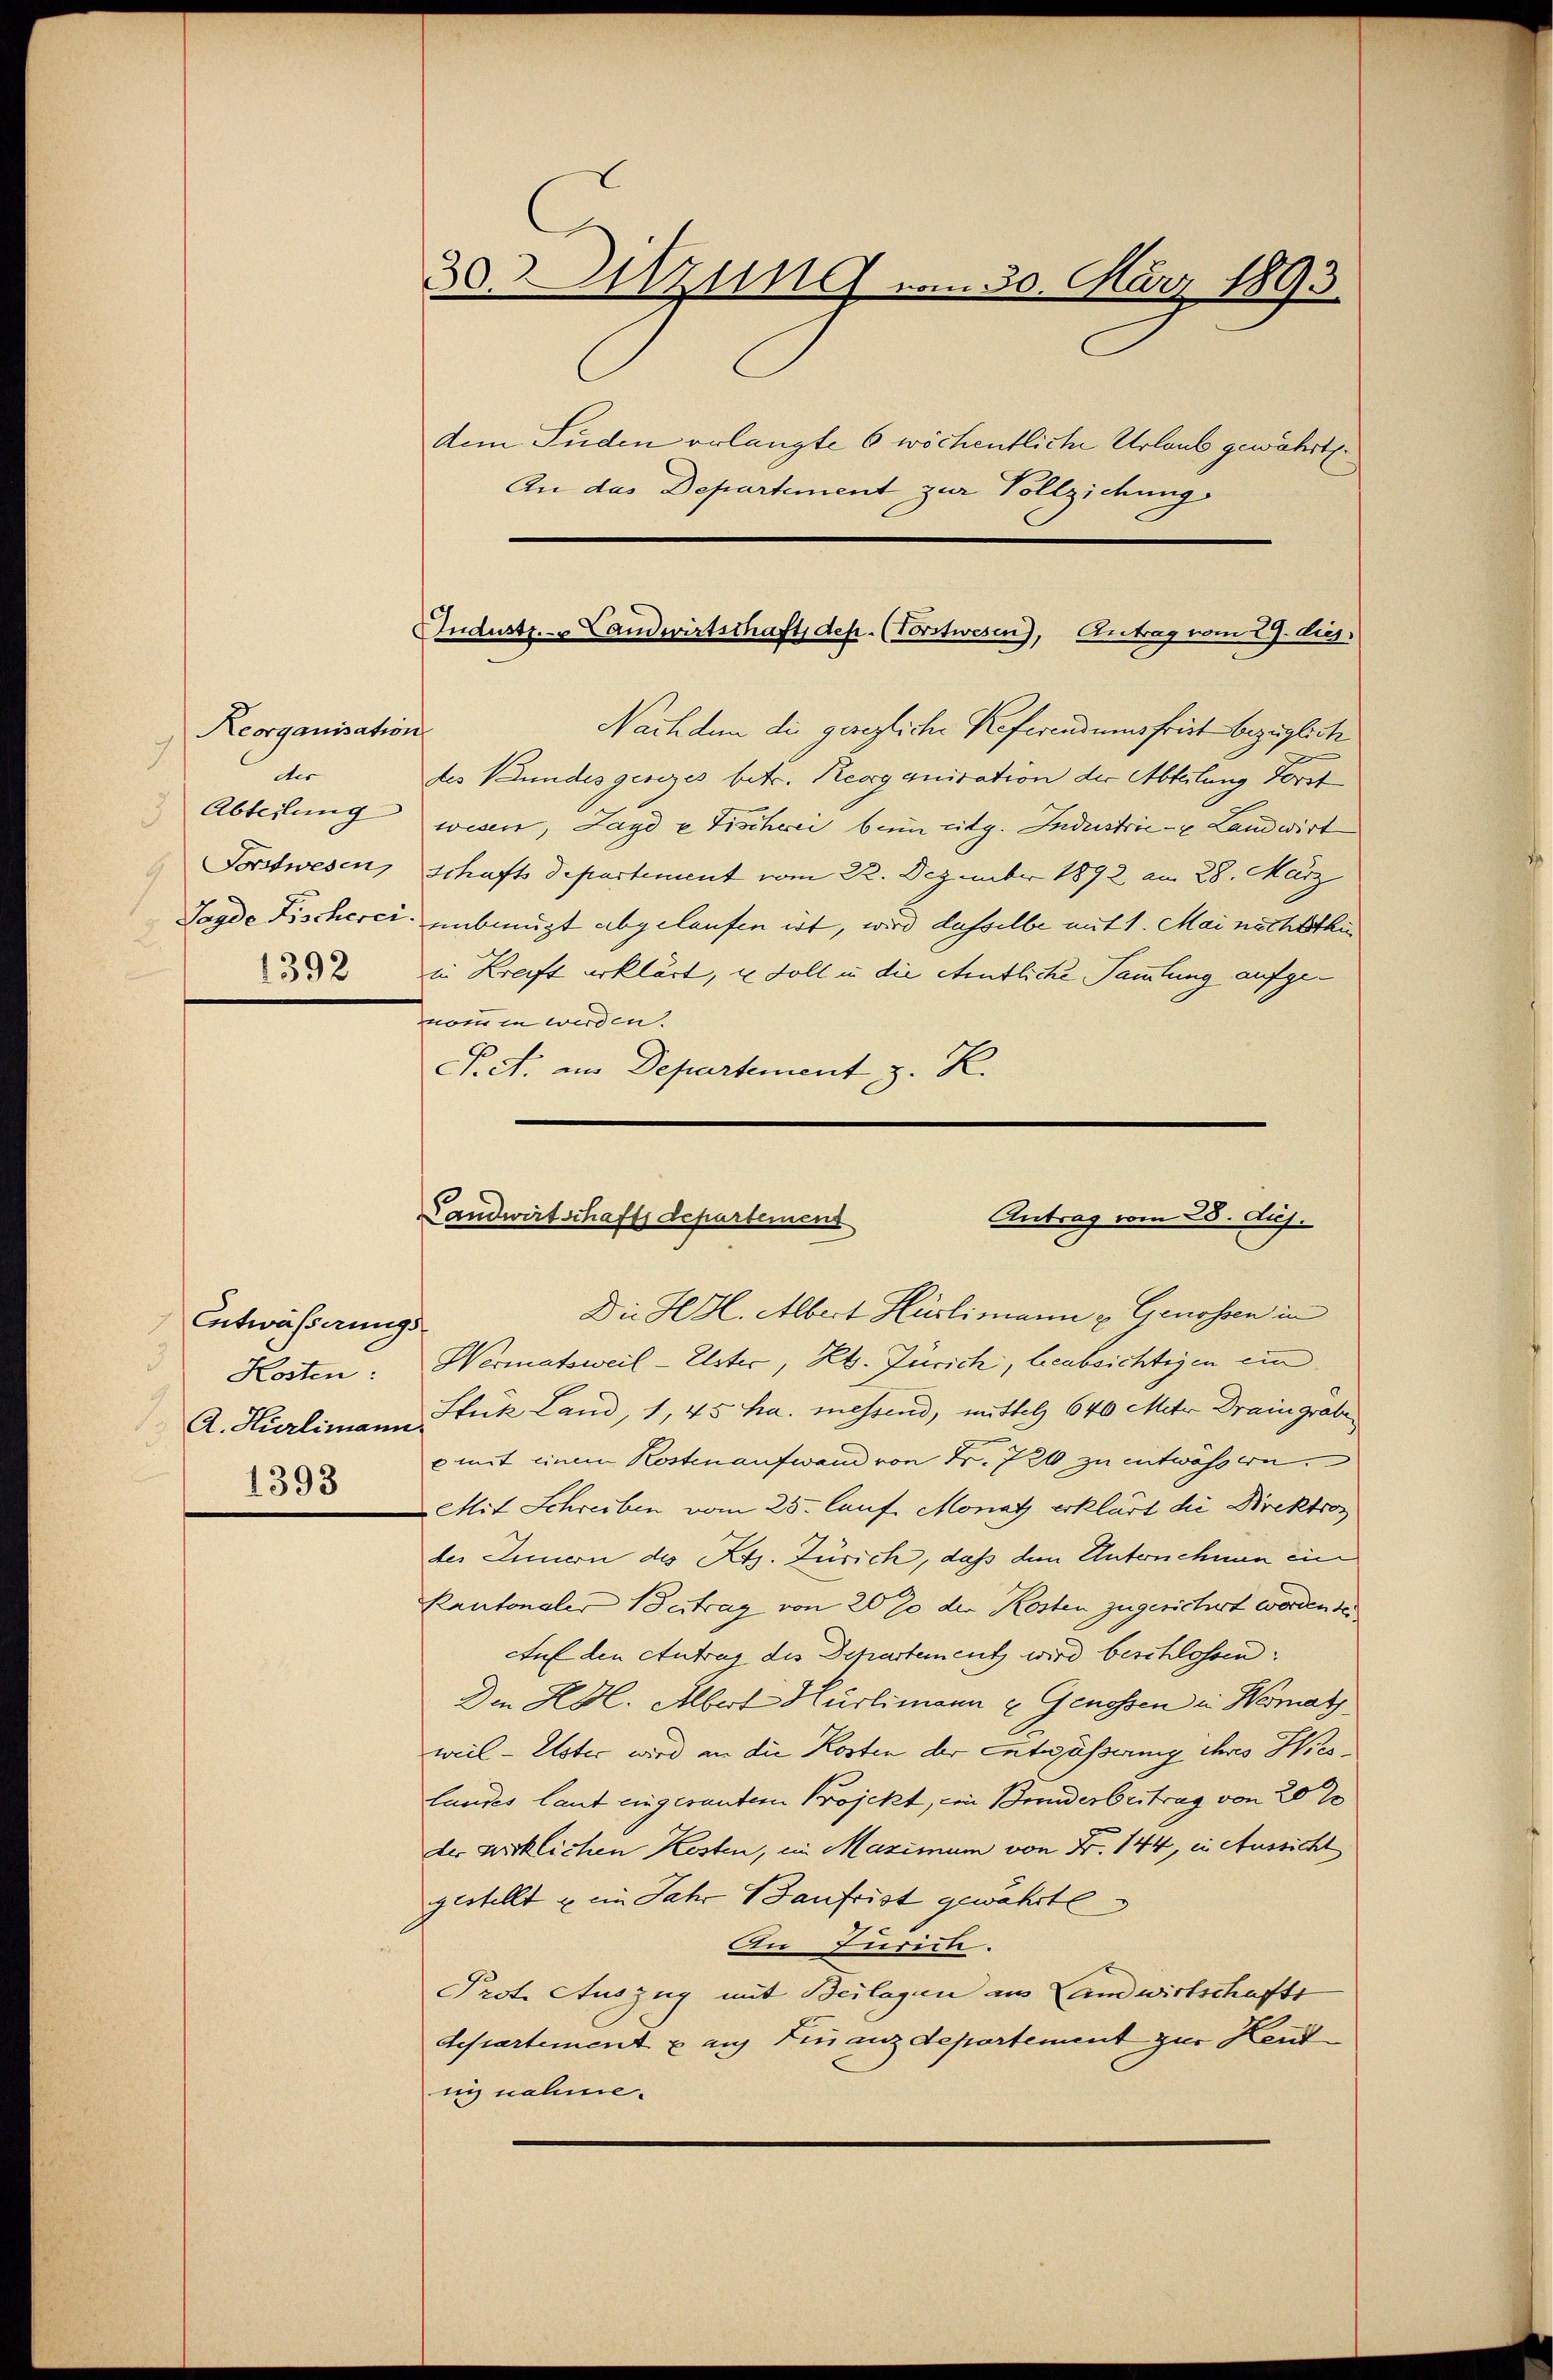
Reorganisation
9
der
Abteilung
1392

Entwässerungs¬
1393

30. Sitzung vom 30. März 1893.
dem Süden erlangte 6 wöchentliche Urlaub gewährt.
An das Departement zur Vollziehung

Industr. Landwirtschaft, des. (Vorstwesen), Antrag vom 27. Aug.

Nach dem die geregliche Referendumsfrist bezügliche
des Bundesgesezes betr. Reorganisation der Abteilung Forst
wesen, Jagd u Tischrei bei citg. Industrie - u Landwirt
Forstwesen, schafts Departement vom 22. Dezember 1892 am 28. März
Jagde Fischerer unbeugt abgelaufen ist, wird dasselbe mit 1. Mai nichtsthur
in Kraft erklärt, u. Soll in die ehentliche Sammlung aufgenomen werden.
P.ct. in Departement z. K.

Kosten: Wermatsweil - Elster, Kt. Zürich, beabsichtigen ein
A. Hürlimann Stük Land, 1, 45 ha messend, mittel 640 Miter Draingräbe
p mit einem Kostenaufwand von Fr. 726 zu entwässen.
Mit Schreiben vom 25. lauf Monatz erklärt die Direktion
des Innern des Kts. Zürich, daß dem Unternehmen ein
Kantonaler Betrag von 20 % der Kosten zugesichert worden der
Auf den Antrag des Departement, wird beschlossen:
Den Hal. Albert Hürlimann u. Genossen in Hermat
weil - Uster wird in die Kosten der Entwässerung ihres Hirslandes laut eingesanten Projekt, ein Bruderbeitrag von 20 %
der wirklichen Kosten, in Maximum von Fr. 144, in Aussicht
gestellt & ein Jahr Baufrist gewährte
An furich.
Prot. Auszug mit Beilagen aus Landwirtschafts
departement & auf Finanzdepartement zur Keutnig nahme.

Antrag vom 28. Auj.
Landwirtschafts Departemens

Die HHl. Albert Hürlimann u. Genossen in